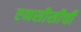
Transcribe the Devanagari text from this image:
एनसीसीची